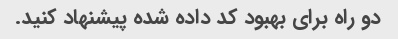
دو راه برای بهبود کد داده شده پیشنهاد کنید.